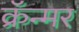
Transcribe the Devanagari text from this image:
क्रॅन्मर